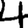
Digit: 4